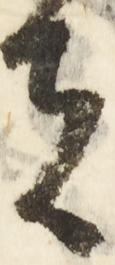
者